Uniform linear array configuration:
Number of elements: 12
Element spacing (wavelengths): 1
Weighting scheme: exponential
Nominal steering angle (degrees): -45
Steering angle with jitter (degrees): -46.936
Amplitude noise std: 0.05
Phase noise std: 0.05

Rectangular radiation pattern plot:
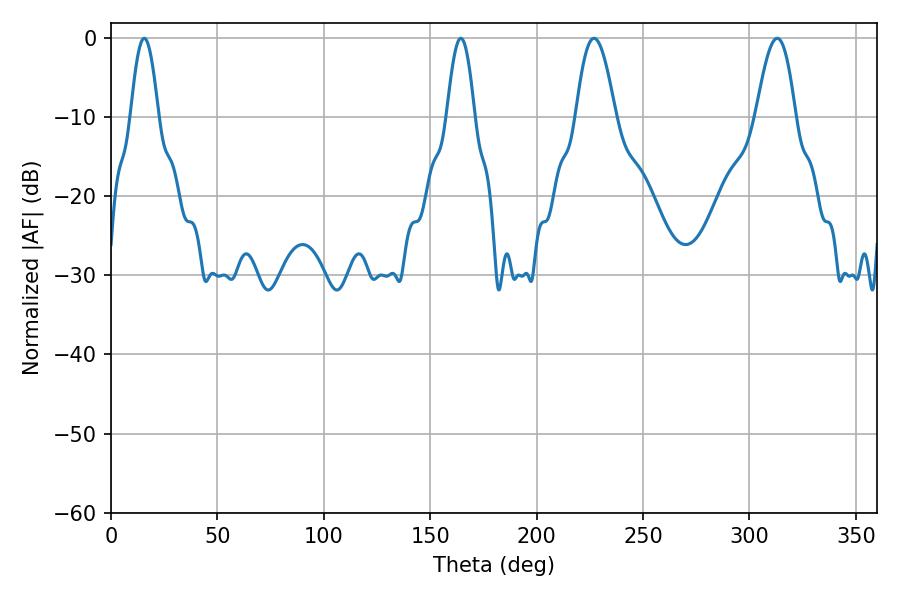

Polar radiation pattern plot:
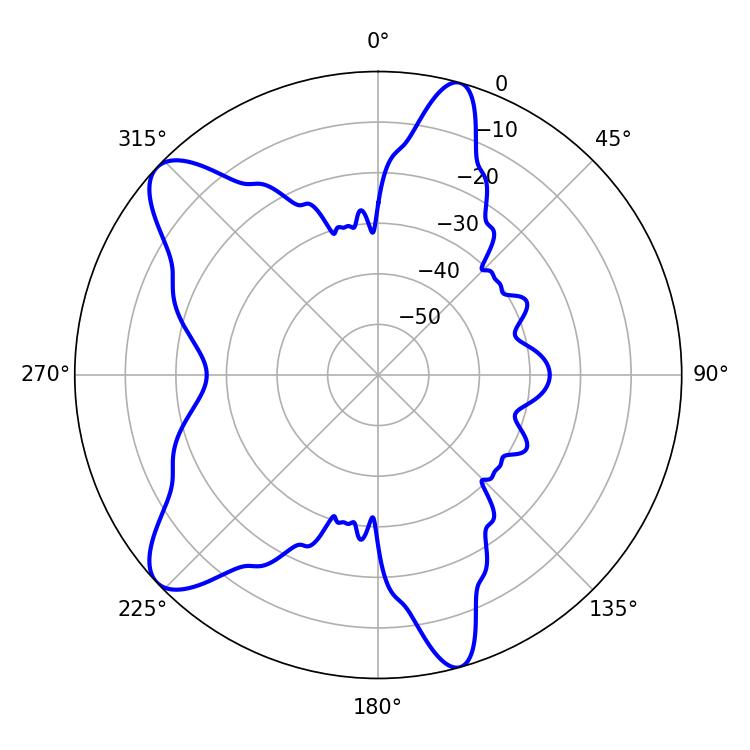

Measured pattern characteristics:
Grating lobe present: TRUE
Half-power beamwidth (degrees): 10.08
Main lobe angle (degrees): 226.98